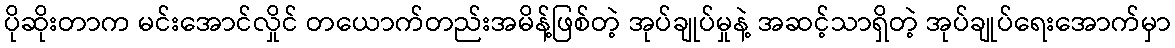
ပိုဆိုးတာက မင်းအောင်လှိုင် တယောက်တည်းအမိန့်ဖြစ်တဲ့ အုပ်ချုပ်မှုနဲ့ အဆင့်သာရှိတဲ့ အုပ်ချုပ်ရေးအောက်မှာ